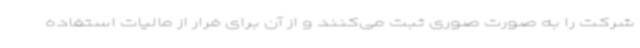
شرکت را به صورت صوری ثبت می‌کنند و از آن برای فرار از مالیات استفاده